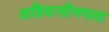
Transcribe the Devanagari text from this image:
अहिवासीनगला